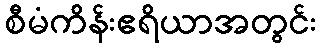
စီမံကိန်းဧရိယာအတွင်း